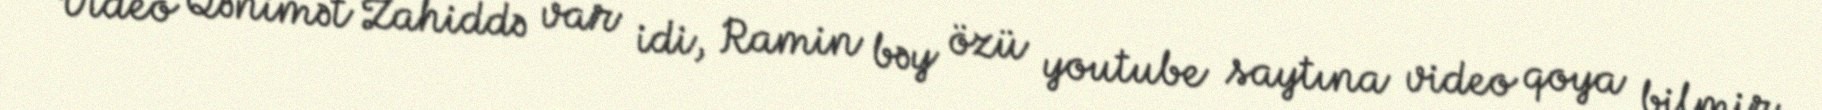
Video Qənimət Zahiddə var idi, Ramin bəy özü youtube saytına video qoya bilmir,